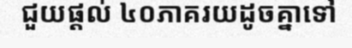
ជួយផ្តល់ ៤០ភាគរយដូចគ្នាទៅ